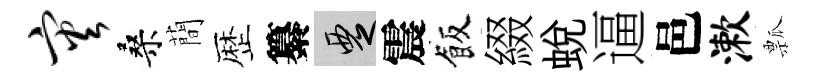
灾桑蕳歴纂覂震飯綴蛻逼邑漱瓢